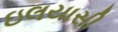
ઇલયાસી